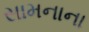
સામનાના